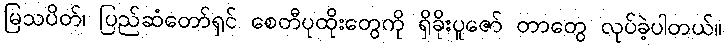
မြသပိတ်၊ ပြည်ဆံတော်ရှင် စေတီပုထိုးတွေကို ရှိခိုးပူဇော် တာတွေ လုပ်ခဲ့ပါတယ်။